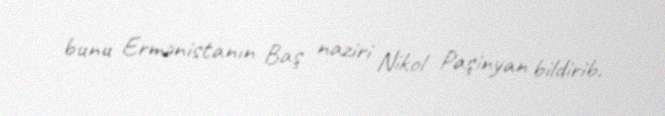
bunu Ermənistanın Baş naziri Nikol Paşinyan bildirib.